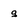
Character: g